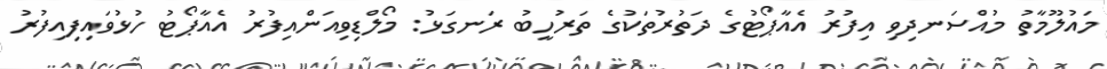
މައުލޫމާތު މުއްސަނދިވި އިފުރު އެއާޕޯޓުގެ ދަތުރުތަކުގެ ތަރުހީބު ރަނގަޅު: މޯލްޑިވިއަންއިފުރު އެއާޕޯޓު ހުޅުވައިފިއިފުރު